38_143685_box7_Incident_Summaries_1-100
Agency: Department of War
Page 178
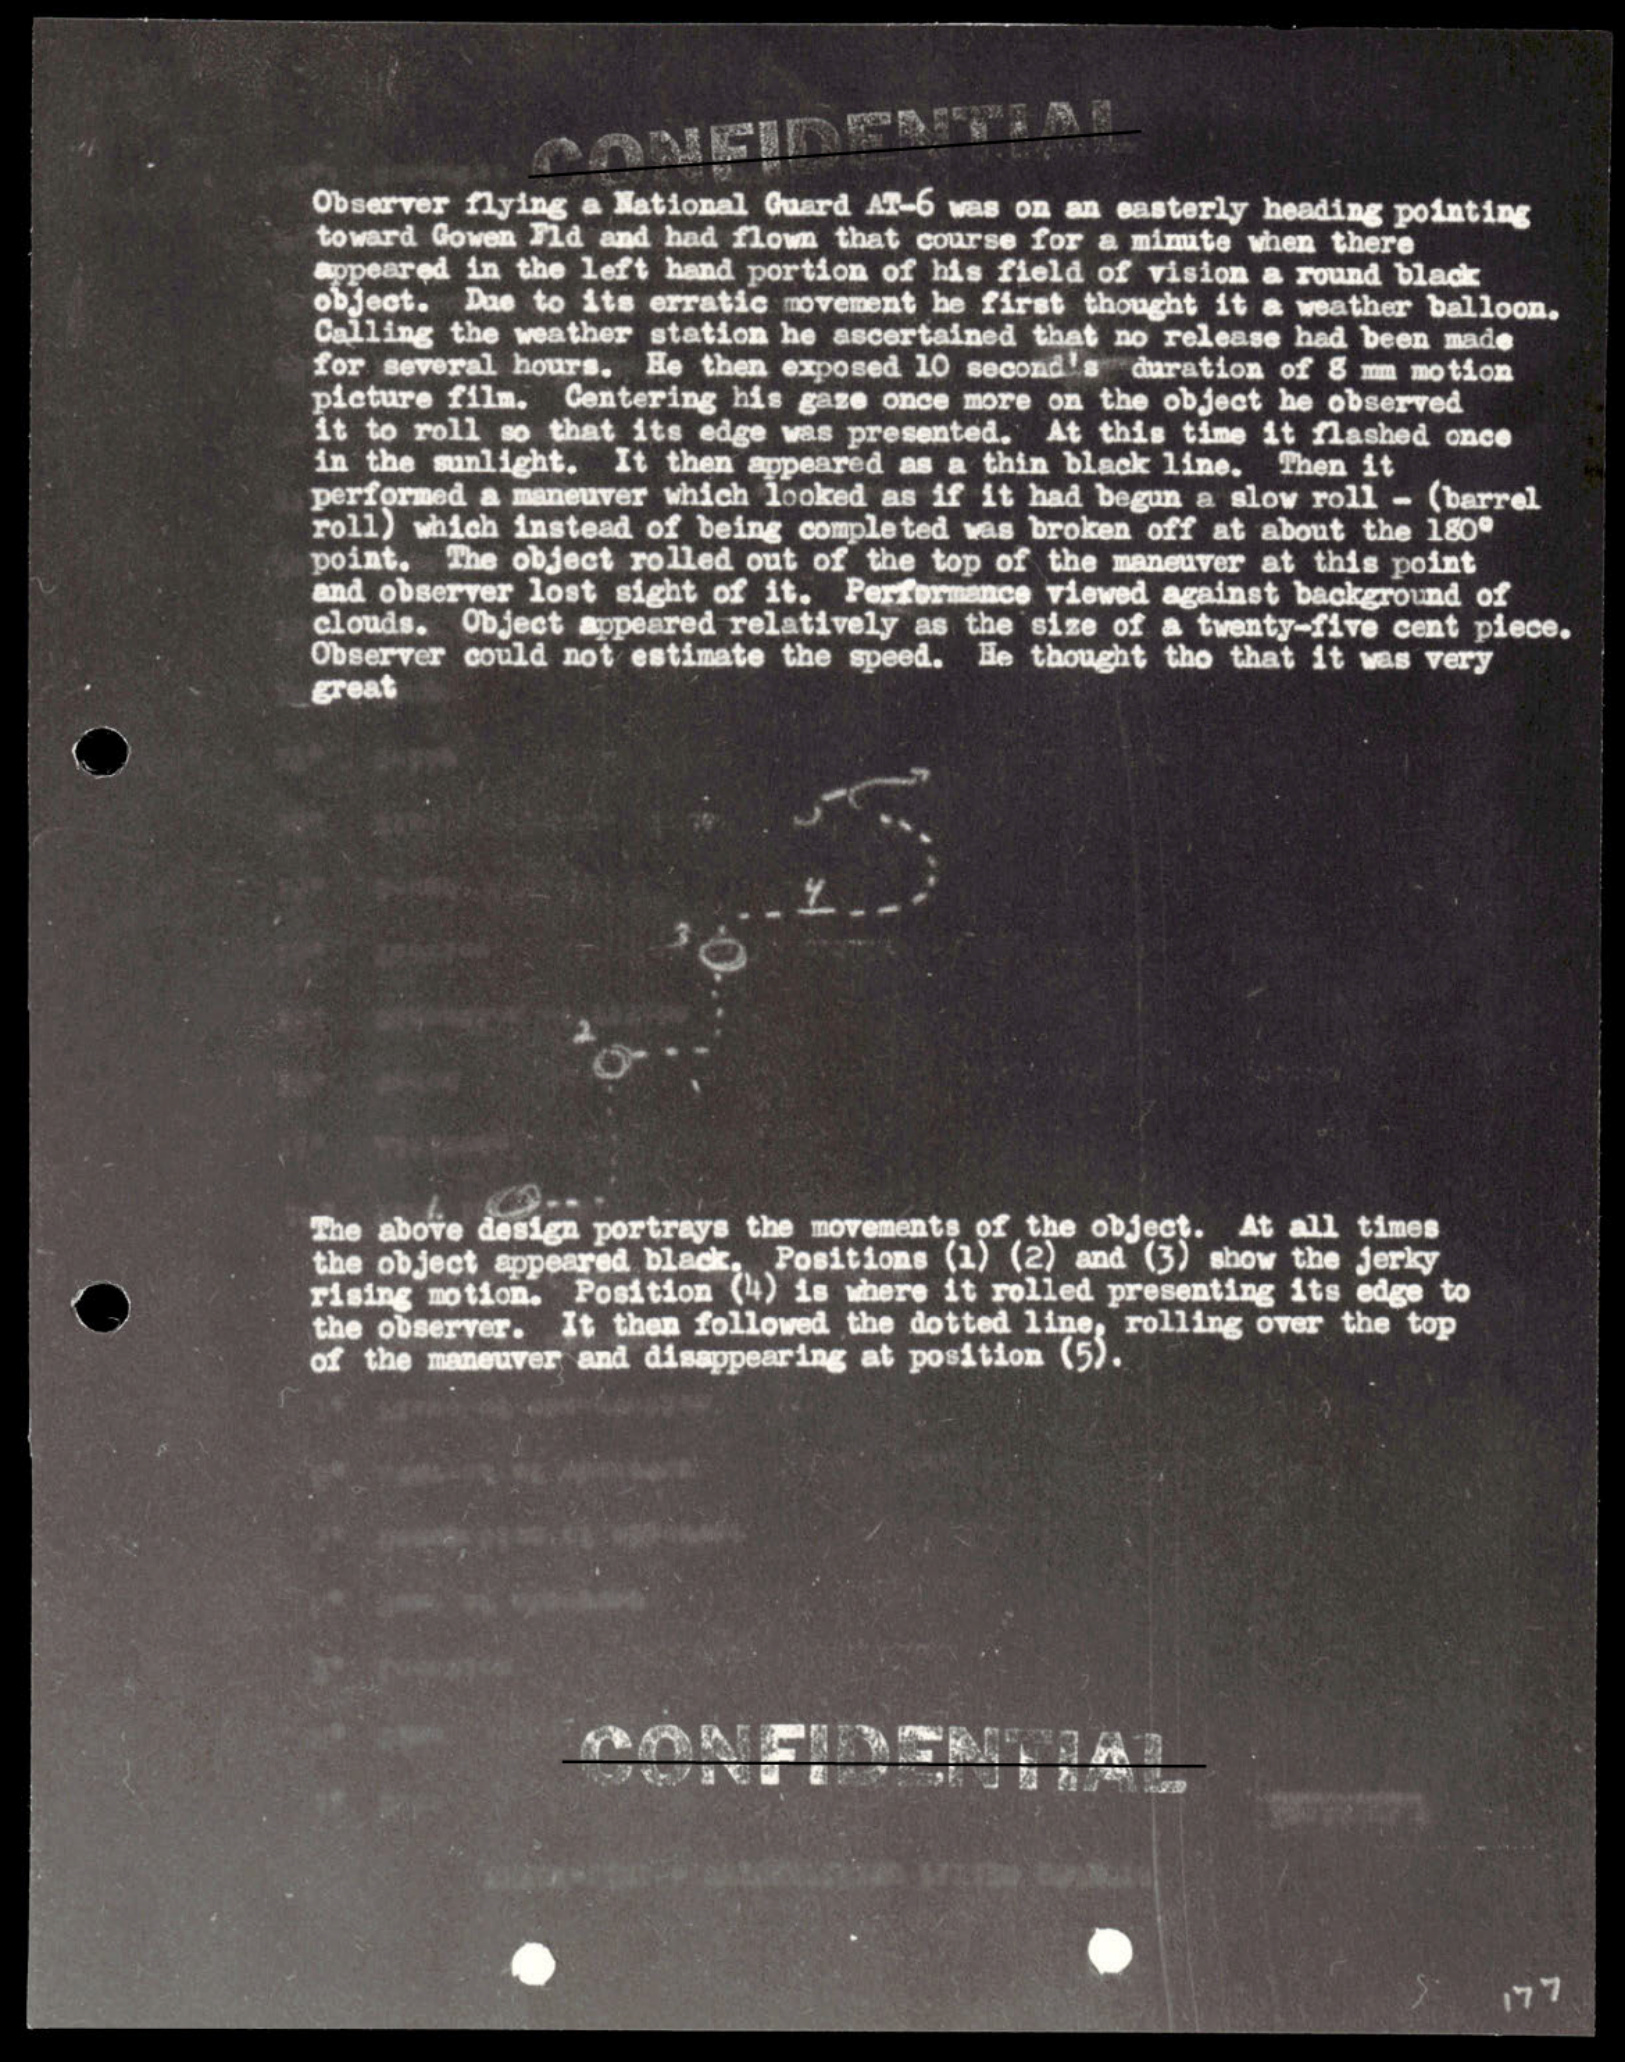